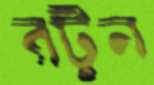
রটুন